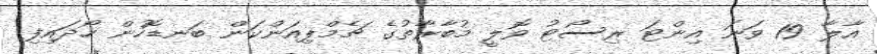
އާލާ 19 ވަނަ އިންޓަ ރިސޯޓު ވޮލީ މުބާރާތުގެ ޗެމްޕިއަންކަން ބަނޑޮހުން ހޯދައިފި